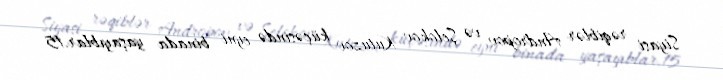
Siyasi rəqiblər Andropov və Şelokov Kutuzov küçəsində eyni binada yaşayıblar.15